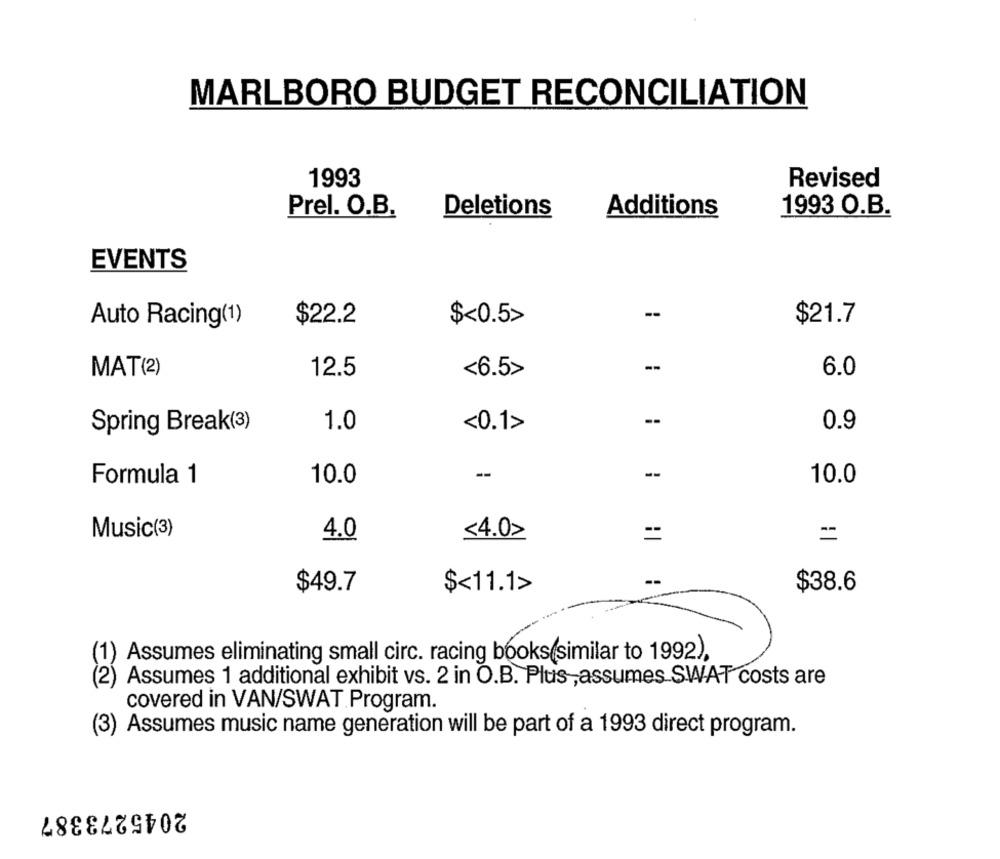
MARLBORO BUDGET RECONCILIATION
1993
Revised
Prel. O.B.
Deletions
Additions
1993 O.B.
EVENTS
--
$21.7
Auto Racing(1)
$22.2
$<0.5>
--
MAT(2)
12.5
<6.5>
6.0
--
Spring Break(3)
1.0
<0.1>
0.9
--
--
Formula 1
10.0
10.0
Music(3)
<4.0>
4.0
=
$49.7
$<11.1>
$38.6
(1) Assumes eliminating small circ. racing books(similar to 1992),
(2) Assumes 1 additional exhibit vs. 2 in O.B. Plus,assumes SWAT costs are
covered in VAN/SWAT Program.
(3) Assumes music name generation will be part of a 1993 direct program.
2045273387